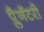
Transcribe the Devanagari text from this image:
प्लैनॅटरी